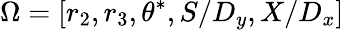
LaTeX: \Omega=\left[r_{2},r_{3},\theta^{*},S/D_{y},X/D_{x}\right]